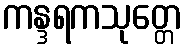
ကန္ဒရကသုတ္တေ